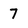
Character: 7